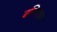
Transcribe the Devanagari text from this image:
बणियाल